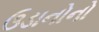
ઉડાનોનો